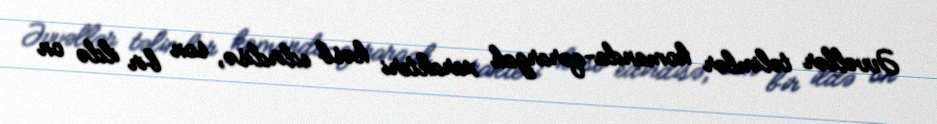
Əvvəllər təlimlər komanda-qərargah xarakteri kəsb edirdisə, son bir ildə on